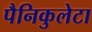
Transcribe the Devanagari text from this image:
पैनिकुलेटा